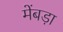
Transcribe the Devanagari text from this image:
मेंबड़ा